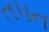
તપન